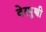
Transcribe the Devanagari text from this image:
वेस्पुच्ची